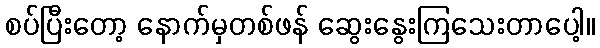
စပ်ပြီးတော့ နောက်မှတစ်ဖန် ဆွေးနွေးကြသေးတာပေါ့။